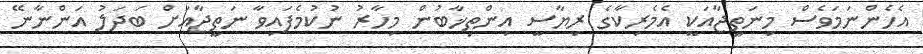
އެހެންނަމަވެސް މިނަތީޖާއަކީ އެމެރިކާގެ ރިޔާސީ އިންތިޚާބުން މިހާރު ނުކުމެފައިވާ ނަތީޖާއަށް ބަދަލު އަންނާނޭ